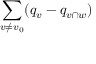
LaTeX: \sum _ { v \neq v _ { 0 } } ( q _ { v } - q _ { v \cap w } )